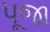
પૂજા